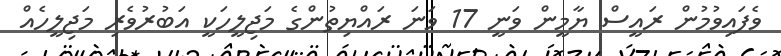
ވެފައިވުމުން ރައީސް ޔާމީން ވަނީ 17 ވަނަ ރައްޔިތުންގެ މަޖިލީހަކީ އަބުރުވެރި މަޖިލީހެއް